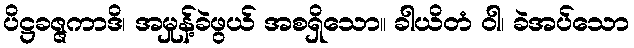
ပိဋ္ဌခဇ္ဇကာဒိ၊ အမှုန့်ခဲဖွယ် အစရှိသော။ ခါယိတံ ဝါ၊ ခဲအပ်သော